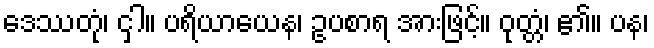
ဒေဿတုံ၊ ငှါ။ ပရိယာယေန၊ ဥပစာရ အားဖြင့်။ ဝုတ္တံ၊ ၏။ ပန၊